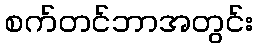
စက်တင်ဘာအတွင်း